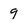
Character: 9